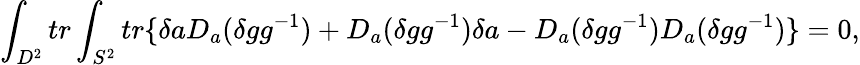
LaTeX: \int_{D^{2}}tr\int_{S^{2}}tr\{ \delta aD_{a}(\delta gg^{-1})+D_{a}(\delta gg^{-1})\delta a-D_{a}(\delta gg^{-1})D_{a}(\delta gg^{-1})\} =0,